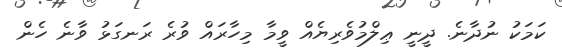
ކަމަކު ނުދާނެ. ދީނީ ޢިލްމުވެރިޔެއްް ވީމާ މިހާރައް ވުރެ ރަނގަޅު ވާނެ ހެން